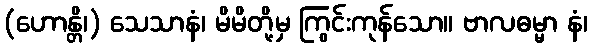
(ဟောန္တိ၊) သေသာနံ၊ မိမိတို့မှ ကြွင်းကုန်သော။ ဗာလဓမ္မာ နံ၊